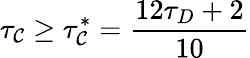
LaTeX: \tau_{\mathcal{C}}\geq\tau_{\mathcal{C}}^{*}=\frac{{12\tau_{D}+2}}{{10}}